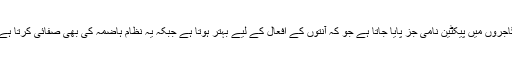
گاجروں میں پیکٹین نامی جز پایا جاتا ہے جو کہ آنتوں کے افعال کے لیے بہتر ہوتا ہے جبکہ یہ نظام ہاضمہ کی بھی صفائی کرتا ہے۔